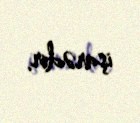
işarədir.